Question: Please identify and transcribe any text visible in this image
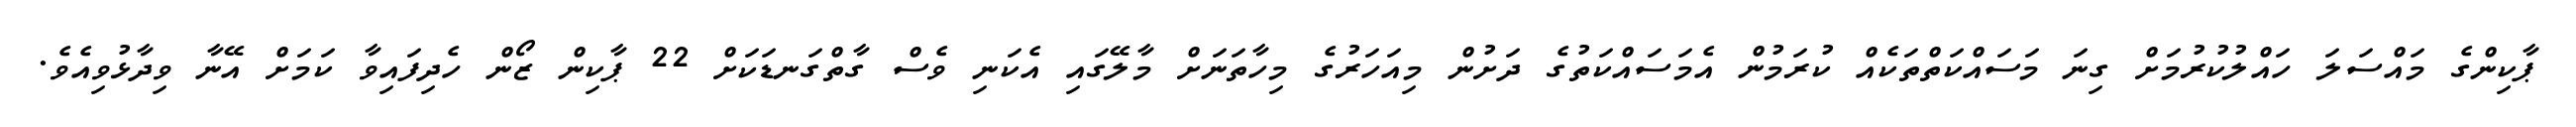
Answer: ޕާކިންގެ މައްސަލަ ހައްލުކުރުމަށް ގިނަ މަސައްކަތްތަކެއް ކުރަމުން އެމަސައްކަތުގެ ދަށުން މިއަހަރުގެ މިހާތަނަށް މާލޭގައި އެކަނި ވެސް ގާތްގަނޑަކަށް 22 ޕާކިން ޒޯން ހެދިފައިވާ ކަމަށް އޭނާ ވިދާޅުވިއެވެ.